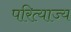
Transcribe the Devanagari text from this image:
परित्याज्य